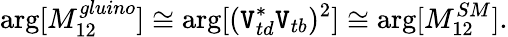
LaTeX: \arg[M_{12}^{gluino}]\cong\arg[(\mathtt{V}_{td}^{*}\mathtt{V}_{tb})^{2}]\cong\arg[M_{12}^{SM}].